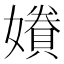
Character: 𫲂